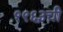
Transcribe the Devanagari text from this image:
१९६३ची